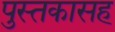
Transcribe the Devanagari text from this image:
पुस्तकासह